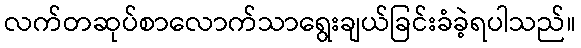
လက်တဆုပ်စာလောက်သာရွေးချယ်ခြင်းခံခဲ့ရပါသည်။